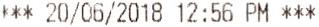
*** 20/06/2018 12:56 PM ***